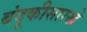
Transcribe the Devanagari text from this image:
बंदूकीसारखे